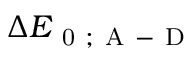
\Delta E _ { \mathrm { ~ 0 ~ ; ~ A ~ - ~ D ~ } }